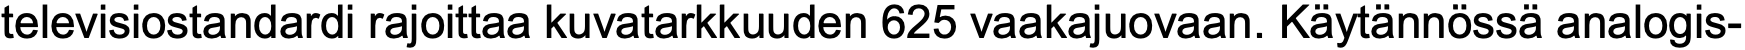
televisiostandardi rajoittaa kuvatarkkuuden 625 vaakajuovaan. Käytännössä analogis-